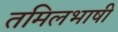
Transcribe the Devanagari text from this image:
तमिलभाषी